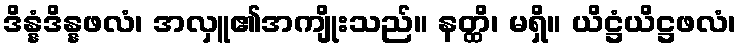
ဒိန္နံဒိန္နဖလံ၊ အလှူ၏အကျိုးသည်။ နတ္ထိ၊ မရှိ။ ယိဋ္ဌံယိဋ္ဌဖလံ၊